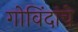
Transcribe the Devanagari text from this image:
गोविंदांचे